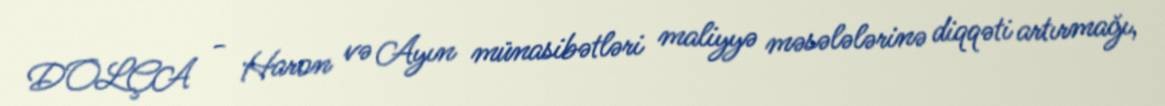
DOLÇA - Haron və Ayın münasibətləri maliyyə məsələlərinə diqqəti artırmağı,